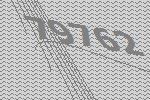
79762